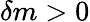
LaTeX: \delta m>0